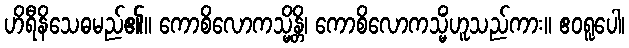
ဟိရီနိသေဓမည်၏။ ကောစိလောကသ္မိန္တိ၊ ကောစိလောကသ္မိံဟူသည်ကား။ ဧဝရူပေါ၊